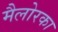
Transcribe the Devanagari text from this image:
मैलोरका